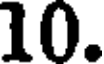
10.